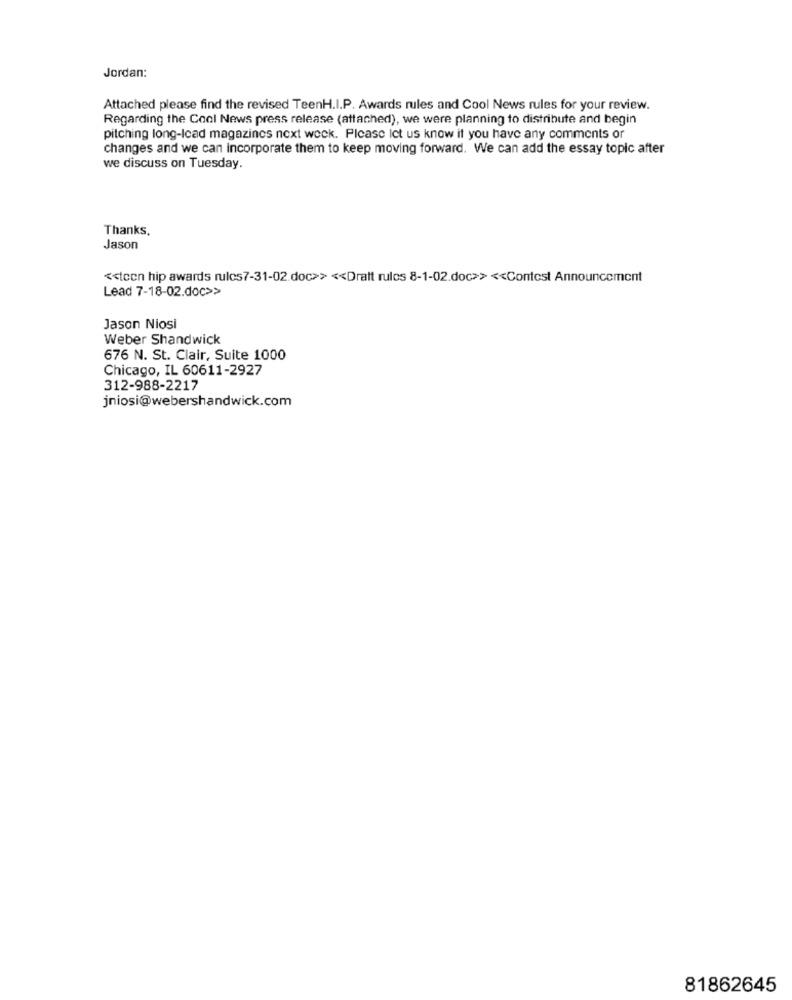
Jordan:
Attached please find the revised TeenH.I.P. Awards rules and Cool News rules for your review.
Regarding the Cool News press release (attached), we were planning to distribute and begin
pitching long-Icad magazines next week. Please let us know if you have any comments or
changes and we can Incorporate them to keep moving forward. We can add the essay topic after
we discuss on Tuesday.
Thanks.
Jason
<< teen hip awards rules7-31-02.doc>> << Dratt rules 8-1-02.doc>> << Contest Announcement
Lead 7-18-02.doc>>
Jason Niosi
Weber Shandwick
676 N. St. Clair, Suite 1000
Chicago, IL 60611-2927
312-988-2217
jniosi@webershandwick.com
81862645